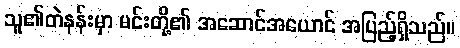
သူ၏တဲနန်းမှာ မင်းတို့၏ အဆောင်အယောင် အပြည့်ရှိသည်။